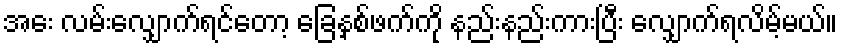
အေး လမ်းလျှောက်ရင်တော့ ခြေနှစ်ဖက်ကို နည်းနည်းကားပြီး လျှောက်ရလိမ့်မယ်။